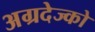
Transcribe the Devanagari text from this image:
अग्रदेज्को